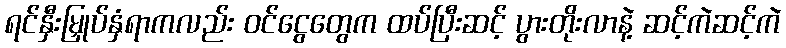
ရင်နှီးမြှုပ်နှံရာကလည်း ဝင်ငွေတွေက ထပ်ပြီးဆင့် ပွားတိုးလာနဲ့ ဆင့်ကဲဆင့်ကဲ